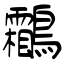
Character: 鸘